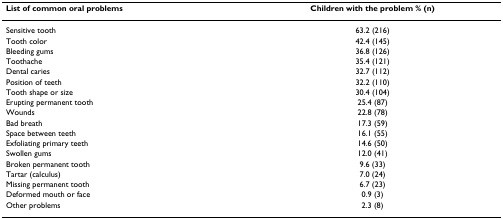
<table><thead><tr><td><b>List of common oral problems</b></td><td><b>Children with the problem % (n)</b></td></tr></thead><tbody><tr><td>Sensitive tooth</td><td>63.2 (216)</td></tr><tr><td>Tooth color</td><td>42.4 (145)</td></tr><tr><td>Bleeding gums</td><td>36.8 (126)</td></tr><tr><td>Toothache</td><td>35.4 (121)</td></tr><tr><td>Dental caries</td><td>32.7 (112)</td></tr><tr><td>Position of teeth</td><td>32.2 (110)</td></tr><tr><td>Tooth shape or size</td><td>30.4 (104)</td></tr><tr><td>Erupting permanent tooth</td><td>25.4 (87)</td></tr><tr><td>Wounds</td><td>22.8 (78)</td></tr><tr><td>Bad breath</td><td>17.3 (59)</td></tr><tr><td>Space between teeth</td><td>16.1 (55)</td></tr><tr><td>Exfoliating primary teeth</td><td>14.6 (50)</td></tr><tr><td>Swollen gums</td><td>12.0 (41)</td></tr><tr><td>Broken permanent tooth</td><td>9.6 (33)</td></tr><tr><td>Tartar (calculus)</td><td>7.0 (24)</td></tr><tr><td>Missing permanent tooth</td><td>6.7 (23)</td></tr><tr><td>Deformed mouth or face</td><td>0.9 (3)</td></tr><tr><td>Other problems</td><td>2.3 (8)</td></tr></tbody></table>